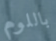
باللوم